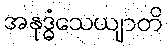
အနုဒ္ဓံသေယျာတိ